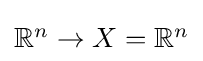
{\textstyle \mathbb {R} ^{n}\to X=\mathbb {R} ^{n}}